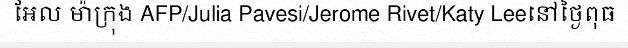
អែល ម៉ាក្រុង AFP/Julia Pavesi/Jerome Rivet/Katy Leeនៅថ្ងៃពុធ